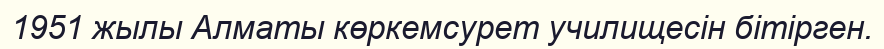
1951 жылы Алматы көркемсурет училищесін бітірген.